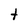
Character: t